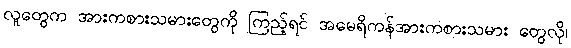
လူတွေက အားကစားသမားတွေကို ကြည့်ရင် အမေရိကန်အားကစားသမား တွေလို၊